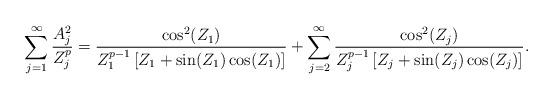
LaTeX: \begin{align*}\sum_{j=1}^\infty \frac{A_j^2}{Z_j^p} =\frac{\cos^2(Z_1)}{Z_1^{p-1}\left[Z_1 + \sin(Z_1)\cos(Z_1) \right]} + \sum_{j=2}^\infty \frac{\cos^2(Z_j)}{Z_j^{p-1}\left[Z_j + \sin(Z_j)\cos(Z_j) \right]}.\end{align*}